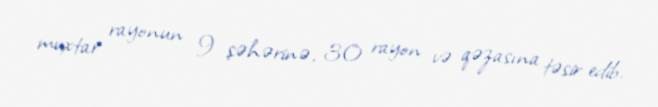
muxtar rayonun 9 şəhərinə, 30 rayon və qəzasına təsir edib.